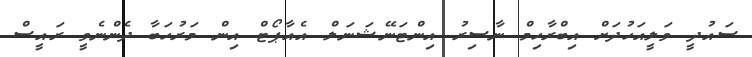
ސައުދީ ވަލީއަހުދަށް އިބްރާހިމް ނާސިރު އިންޓަނޭޝަނަލް އެއާޕޯޓް އިން މަރުހަބާ ދެންނެވީ ރައީސް